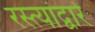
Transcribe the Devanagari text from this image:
रस्त्यांद्वारे